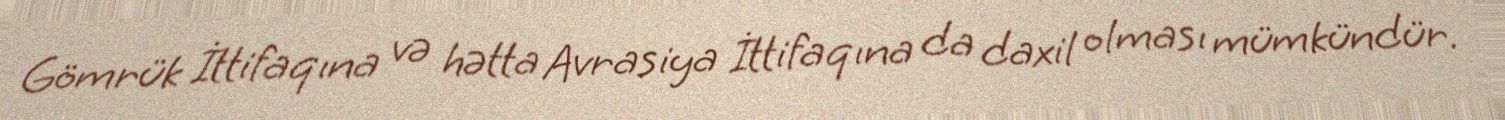
Gömrük İttifaqına və hətta Avrasiya İttifaqına da daxil olması mümkündür.